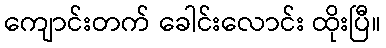
ကျောင်းတက် ခေါင်းလောင်း ထိုးပြီ။